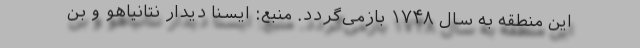
این منطقه به سال ۱۷۴۸ بازمی‌گردد. منبع: ایسنا دیدار نتانیاهو و بن